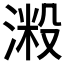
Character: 𣺲